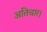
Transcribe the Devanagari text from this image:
अतिचार।